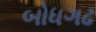
બોધગઢ